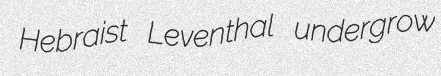
Hebraist Leventhal undergrow